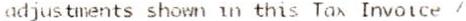
ADJUSTMENTS SHOWN IN THIS TAX INVOICE /